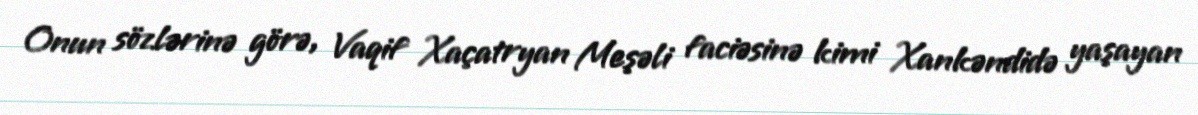
Onun sözlərinə görə, Vaqif Xaçatryan Meşəli faciəsinə kimi Xankəndidə yaşayan